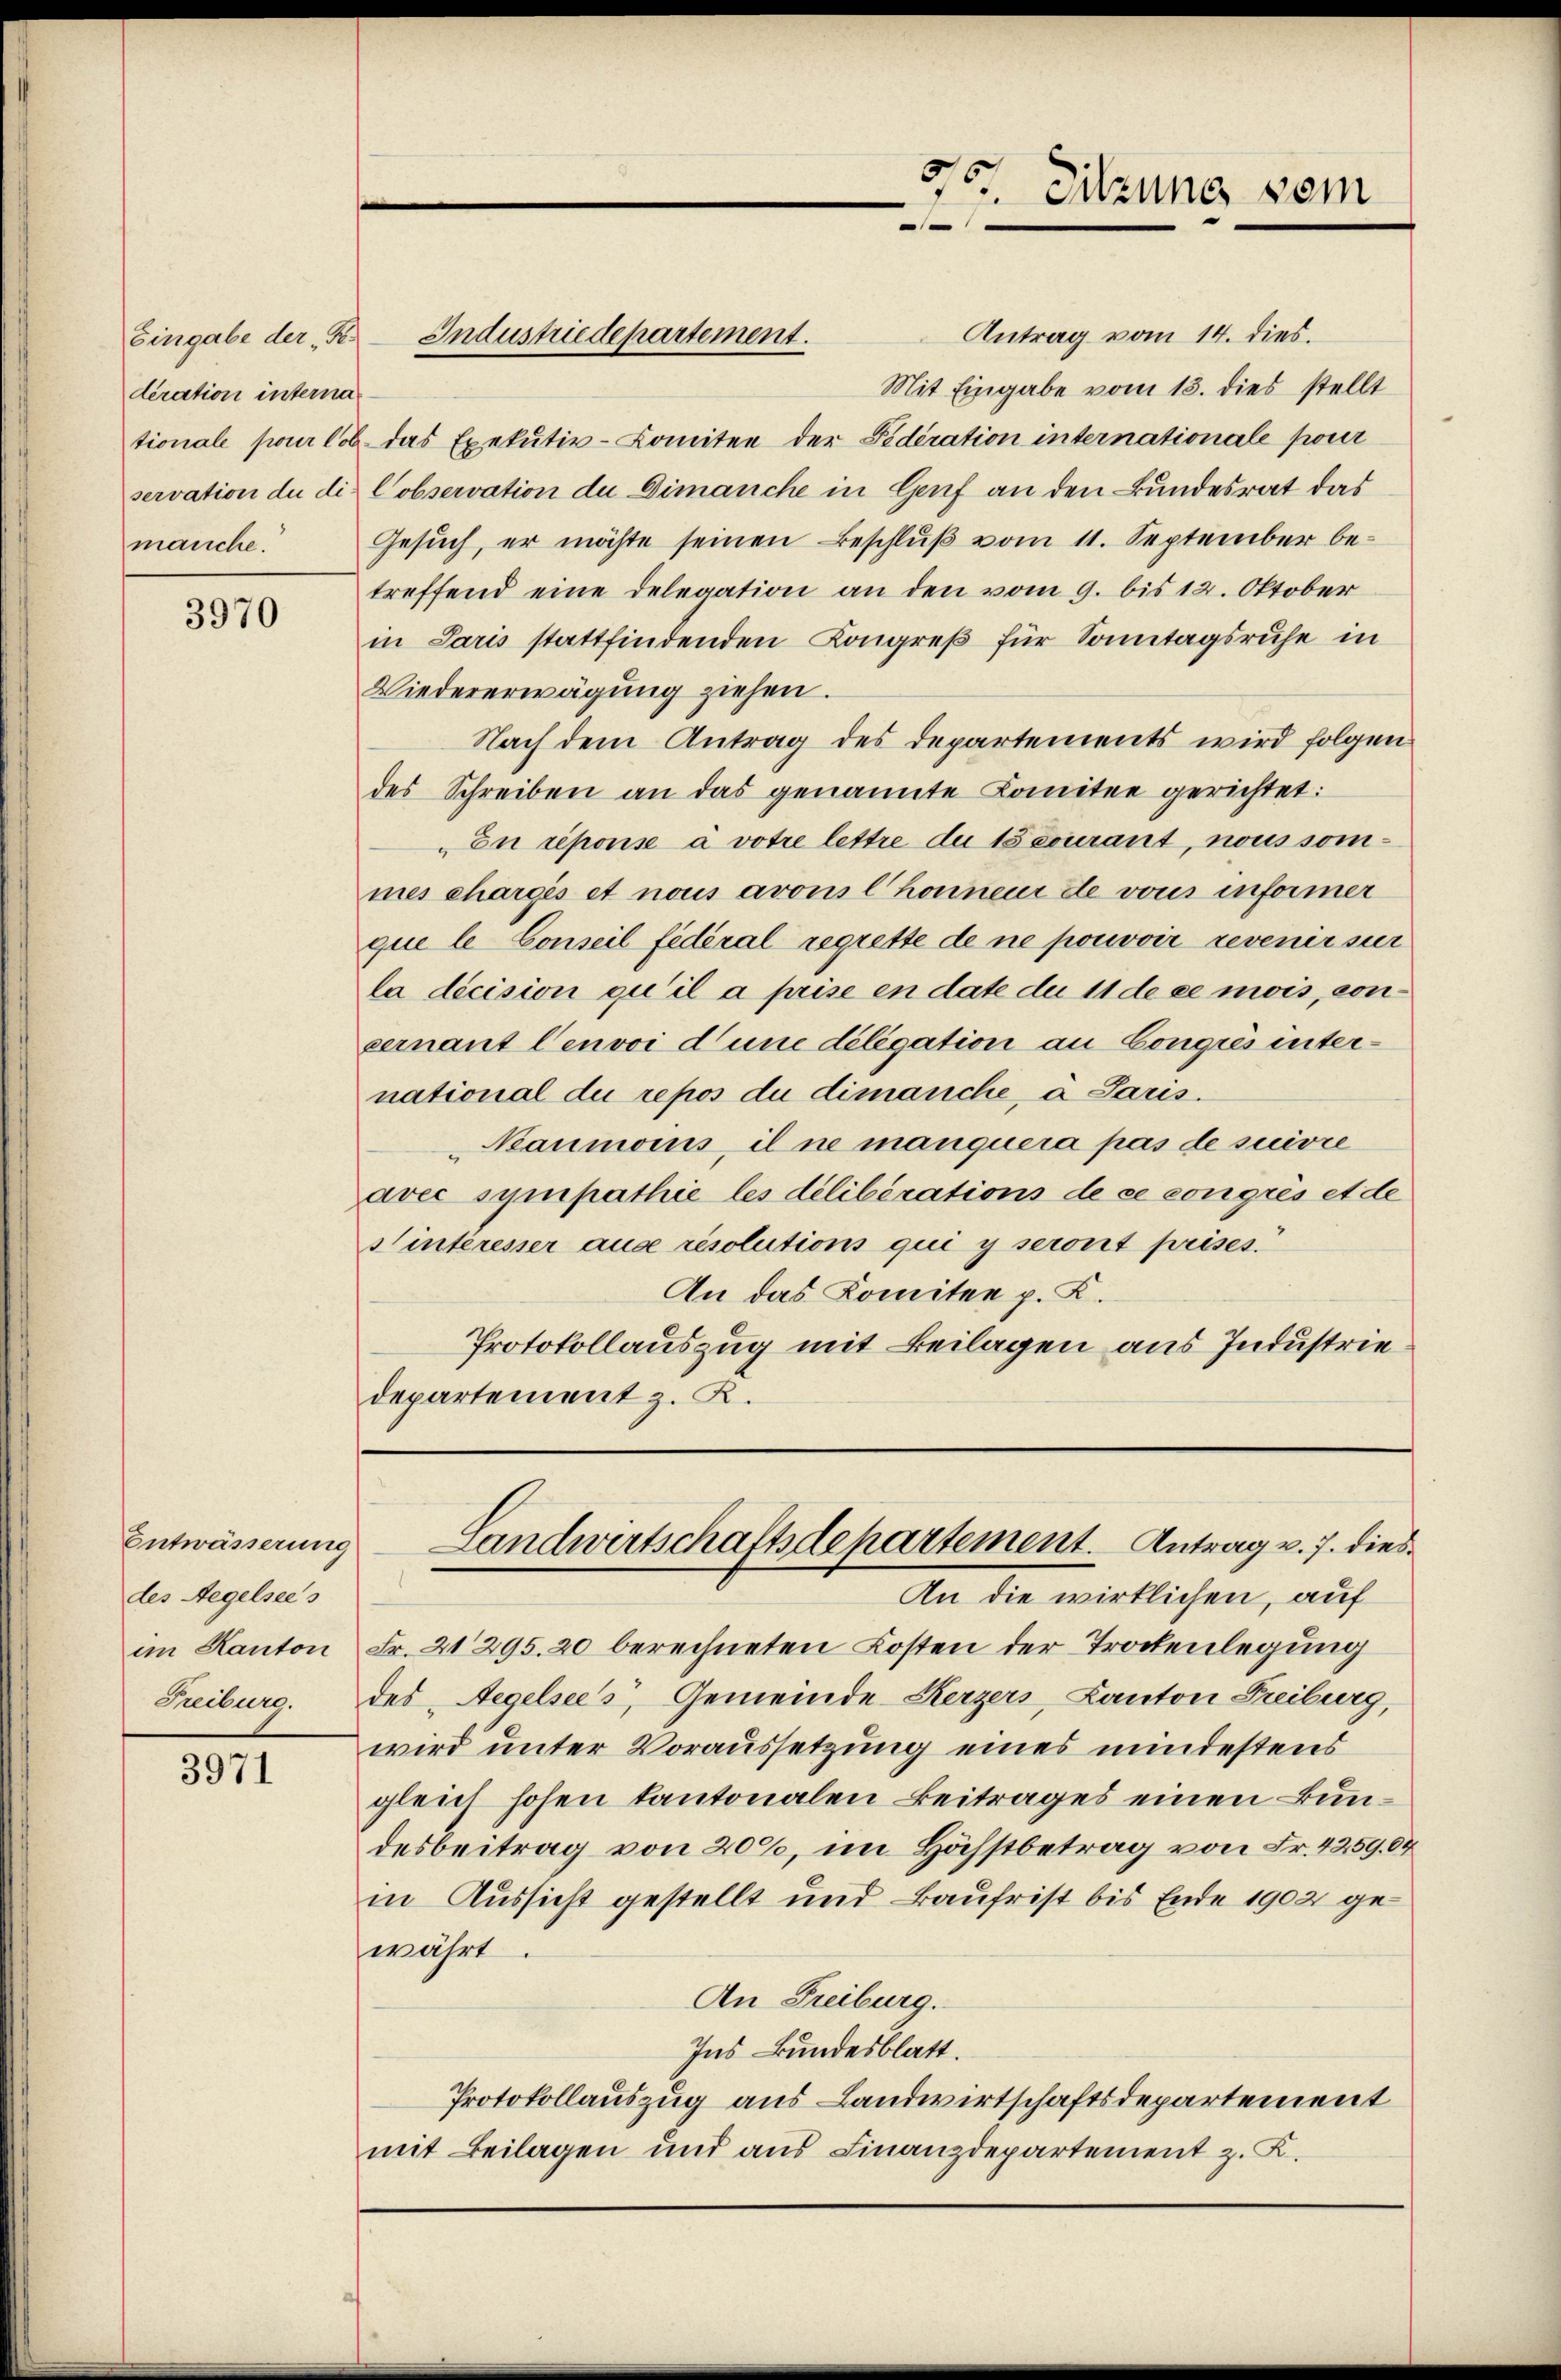
Eingabe der Re
deration interna
manche.

3970

Entwässerung
des Regelsees
an Kanton
Fribourg.

3971

85. Sitzung vom
e

Antrag vom 14. dies.
Industriedepartement.
Mit Eingabe vom 13. dies stellt
tionale pour 106 das Exekutiv-Komitee der Fideration internationale pour
servation du die Cobservation de Dimanche in Genf an den Bundesrat das
Gesuch, er möchte seinen Beschluß vom 11. September betreffend eine Delegation an den vom 9. bis 12. Oktober
in Paris stattfindenden Kongreß für Sonntagsruhe in
Wiedererwägung ziehen.
Nach dem Antrag des Departements wird folgen
des Schreiben an das genannte Komitee gerichtet:
En répons à votre lettre du 15 courant, nous sommes charges et nous avous l honneur de vous informer
que le Conseil fédéral regrette de ne pouvoir revenir sur
la décision qu’il a prise en date du 11 de ce mois, concernant Cenvoi d’une délégation an Congres international du repos du dimanche, a Paris.
Nanmoins, il ne manquera pas de suivre
avec sympathie les délibérations de ce congrés et de
Sinteresser ause resolutions qui y seront prises.
An das Komitee p. K.
Protokollauszug mit Beilagen aus Industriedepartement z. K.

An die wirklichen, auf
Fr. 21295. 20 berechneten Kosten der Trockenlegung
des Regelsees, Gemeinde Kerzers, Canton Freiburg,
wird unter Voraussetzung eines mindestens
gleich hohen kantonalen Beitrages einen Bundesbeitrag von 20%, im Höchstbetrag von Fr. 4259. 04
in Aussicht gestellt und Baufrist bis Ende 1902 gewährt.
An Freiburg.
Ins Bundesblatt.
Protokollauszug aus Landwirtschaftsdepartement
mit Beilagen und aus Finanzdepartement z. K.

Landwirtschaftsdepartement. Antrag v. J. dies